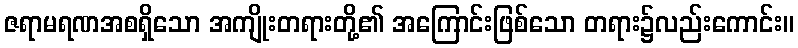
ဇရာမရဏအစရှိသော အကျိုးတရားတို့၏ အကြောင်းဖြစ်သော တရား၌လည်းကောင်း။